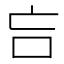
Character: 吂